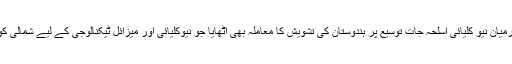
اس موقع پر نریندر مودی نے شمال مشرقی ایشیا اور جنوب دار ایشیا کے درمیان نیو کلیائی اسلحہ جات توسیع پر ہندوستان کی تشویش کا معاملہ بھی اٹھایا جو نیوکلیائی اور میزائل ٹیکنالوجی کے لیے شمالی کوریا اور پاکستان کے درمیان طویل اور خفیہ جوڑ توڑ کا در پردہ حوالہ تھا۔